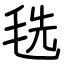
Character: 毨